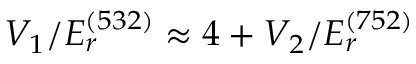
V _ { 1 } / E _ { r } ^ { ( 5 3 2 ) } \approx 4 + V _ { 2 } / E _ { r } ^ { ( 7 5 2 ) }